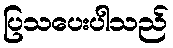
ပြသပေးပါသည်